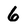
Character: 6